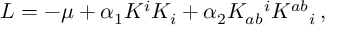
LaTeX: L = - \mu + \alpha _ { 1 } K ^ { i } K _ { i } + \alpha _ { 2 } K _ { a b } { } ^ { i } K ^ { a b } { } _ { i } \, ,